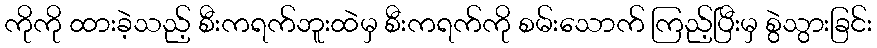
ကိုကို ထားခဲ့သည့် စီးကရက်ဘူးထဲမှ စီးကရက်ကို စမ်းသောက် ကြည့်ပြီးမှ စွဲသွားခြင်း